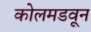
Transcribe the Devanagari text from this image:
कोलमडवून